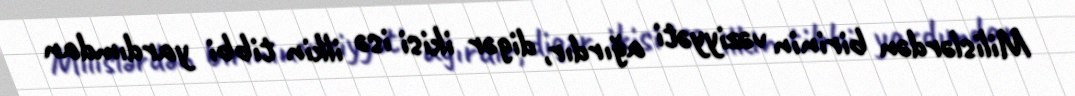
Milislərdən birinin vəziyyəti ağırdır, digər ikisi isə ilkin tibbi yardımdan